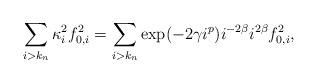
LaTeX: \begin{align*}\sum_{i > k_n} \kappa_i^2 f_{0,i}^2 = \sum_{i > k_n} \exp(-2\gamma i^p)i^{-2\beta}i^{2\beta} f_{0,i}^2,\end{align*}